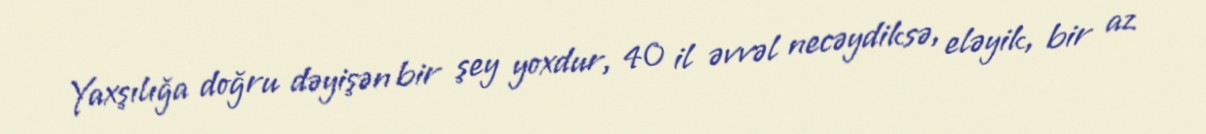
Yaxşılığa doğru dəyişən bir şey yoxdur, 40 il əvvəl necəydiksə, eləyik, bir az